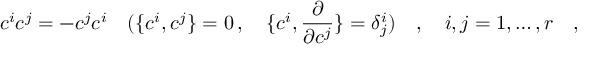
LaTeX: c ^ { i } c ^ { j } = - c ^ { j } c ^ { i } \quad ( \{ c ^ { i } , c ^ { j } \} = 0 \, , \quad \{ c ^ { i } , { \frac { \partial } { \partial c ^ { j } } } \} = \delta _ { j } ^ { i } ) \quad , \quad i , j = 1 , \dots , r \quad ,